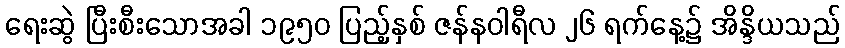
ရေးဆွဲ ပြီးစီးသောအခါ ၁၉၅၀ ပြည့်နှစ် ဇန်နဝါရီလ ၂၆ ရက်နေ့၌ အိန္ဒိယသည်